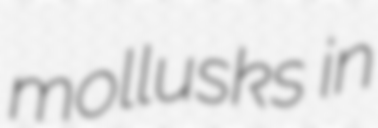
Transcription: mollusks in